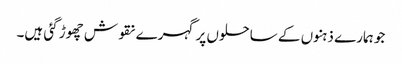
جو ہمارے ذہنوں کے ساحلوں پر گہرے نقوش چھوڑ گئی ہیں۔